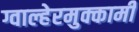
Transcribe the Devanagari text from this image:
ग्वाल्हेरमुक्कामी